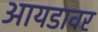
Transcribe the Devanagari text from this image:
आयडावर